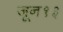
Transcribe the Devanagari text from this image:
जून१३